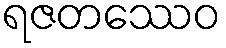
ရဇတဿေဝ